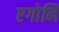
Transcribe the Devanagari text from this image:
एगोनि